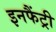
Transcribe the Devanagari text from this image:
इनफैंट्री